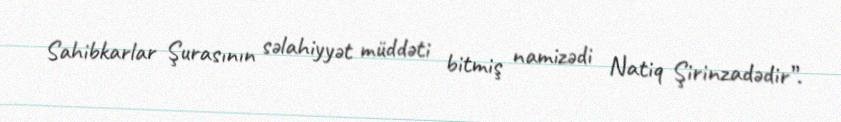
Sahibkarlar Şurasının səlahiyyət müddəti bitmiş namizədi Natiq Şirinzadədir”.